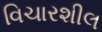
વિચારશીલ